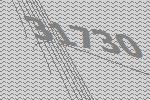
31730